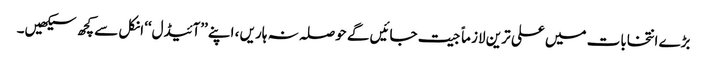
بڑے انتخابات میں علی ترین لازماً جیت جائیں گے حوصلہ نہ ہاریں ، اپنے ’’آئیڈل‘‘ انکل سے کچھ سیکھیں۔